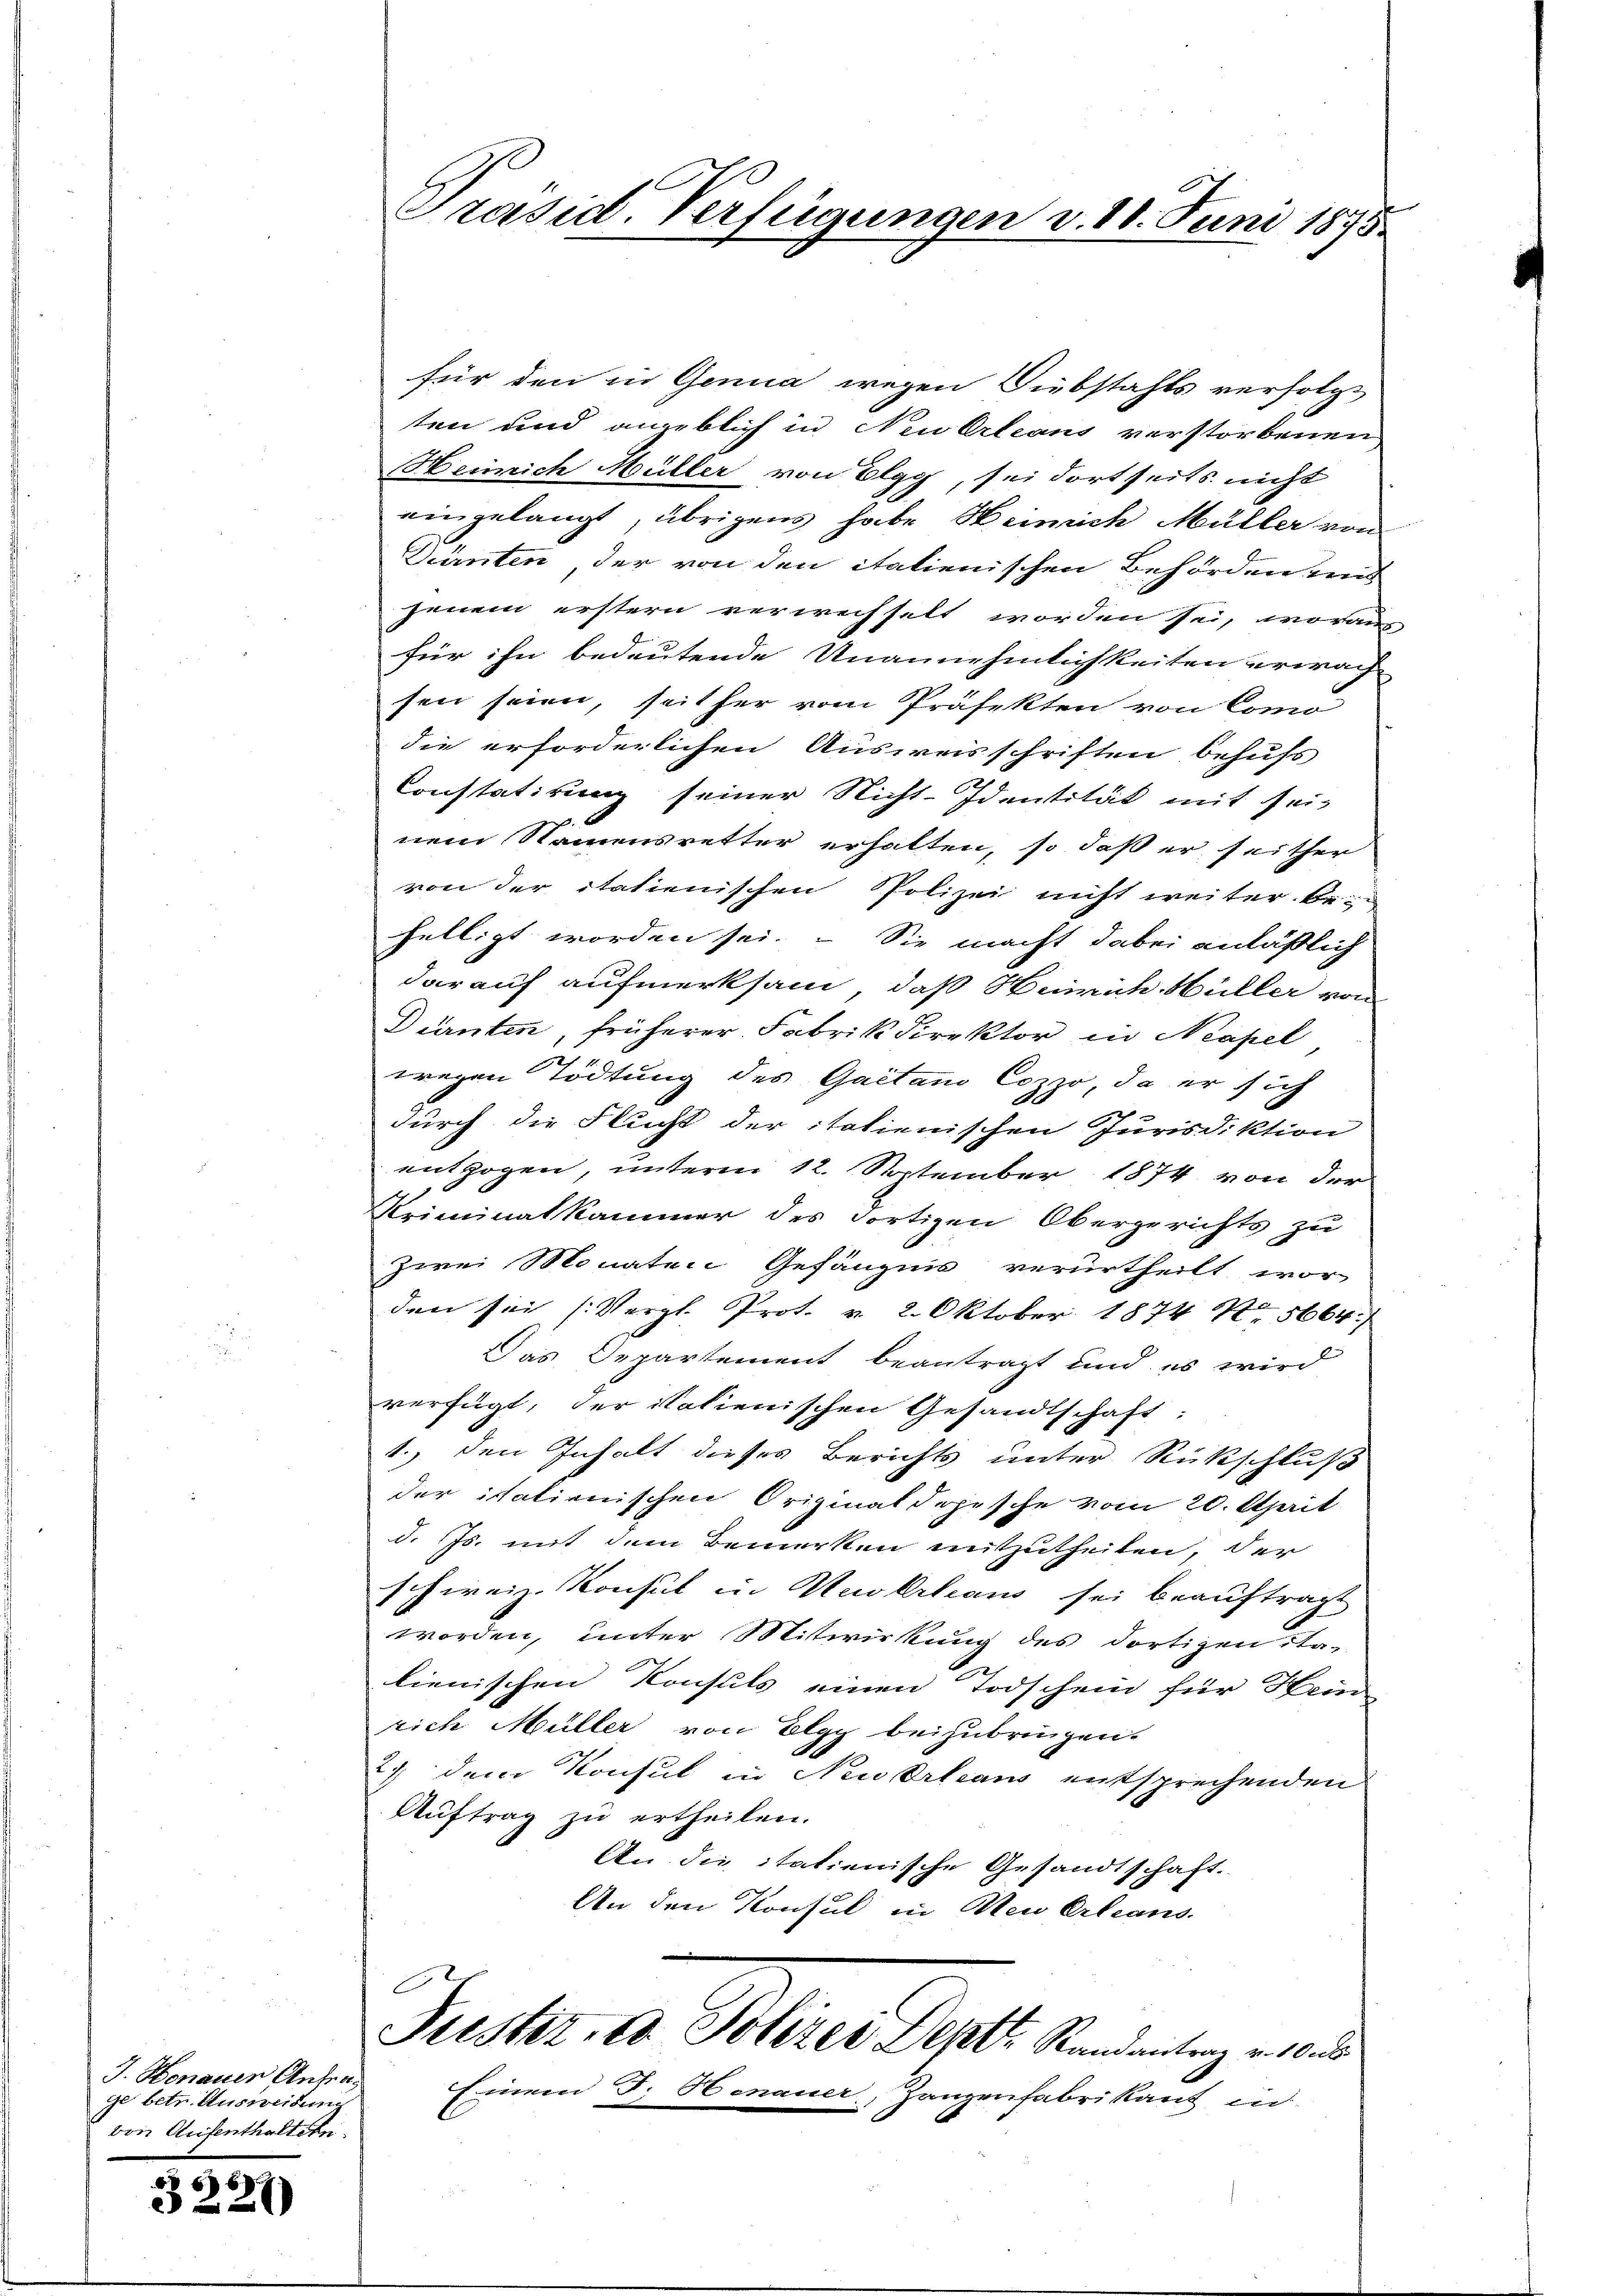
J. Henauer Anfrag
ge betr. Ausweisung
von Aufenthaltern.

3227)

Präsid. Verfügungen v. 18. Juni 1875.

für den in Genua wegen Diebstahls verfolgt
ten und angeblich in Neu Orleans verstorbenen
Heinrich Müller von Elgg, sei dortseits nicht
eingelangt, übrigens habe Heinrich Müller von
Dürnten der von den italienischen Behörden und
jenem erstern verwechselt worden sei, woraus
für ihn bedeutende Unannehmlichkeiten erwach
sen seien, seither vom Präfekten von Como
die erforderlichen Ausweisschriften behufs
Constatirung seiner Nicht-Identität mit sei-
nem Namensretter erhalten, so daß er seither
von der itatienischen Polizei nicht weiter be-
helligt worden sei. – Sie macht dabei anläßlich
darauf aufmerksam, daß Heinrich Müller von
Dürnten, früherer Fabrik Direktor in Neapel
wegen Tödtung des Gaetano Cozzo, da er sich
durch die Flucht der italienischen Jurisdiktion
entzogen, unterm 12. September 1874 von der
Kriminatkammer des dortigen Obergerichts zu
zwei Monaten Gefängnis verurtheilt worden sei (Vergl. Prot. v. 2. Oktober 1874 N. 5664.
Das Departement beantragt und es wird
verfügt, der italienischen Gesandtschaft:
1., den Inhalt dieses Berichts unter Rückschluß
der italienischen Originaldopische vom 20. April
d. Js. mit dem Bemerken mitzutheilen, der
schweiz. Konsul in Nuvertan sei beauftragt
worden, unter Mitwirkung des dortigen ita-
lienischen Konsuls einen Todschein für Hein
rich Müller von Elgg beizubringen.
) dem Konsul in Neuerteaus entsprechenden
Auftrag zu ertheilen.
An die itatienische Gesandtschaft.
An den Konsul in Neu Orleans

C
Justiz, Ad Polizer Deptr Randantrag v. 10
Einem J. Henauer, Ganzenfabrikant in